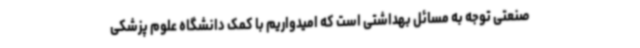
صنعتی توجه به مسائل بهداشتی است که امیدواریم با کمک دانشگاه علوم پزشکی